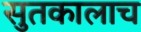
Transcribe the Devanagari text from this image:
सुतकालाच